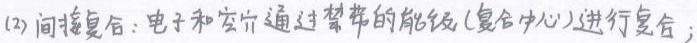
(2) 间接复合：电子和空穴通过禁带的能级（复合中心）进行复合；